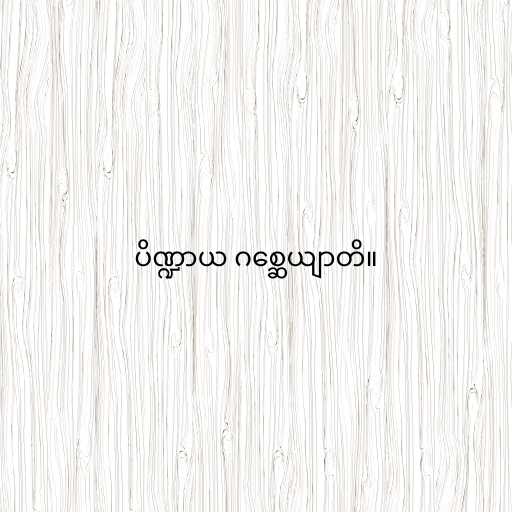
ပိဏ္ဍာယ ဂစ္ဆေယျာတိ။